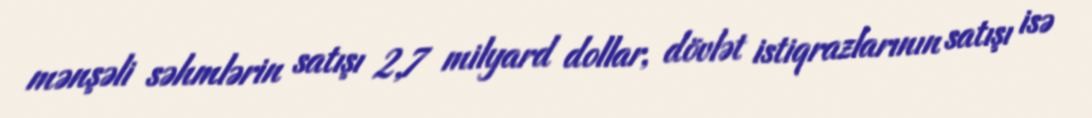
mənşəli səhmlərin satışı 2,7 milyard dollar, dövlət istiqrazlarının satışı isə